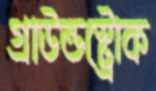
গ্রাউন্ডস্ট্রোক